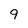
Character: 9